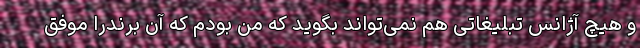
و هیچ آژانس تبلیغاتی هم نمی‌تواند بگوید که من بودم که آن برندرا موفق